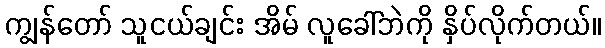
ကျွန်တော် သူငယ်ချင်း အိမ် လူခေါ်ဘဲကို နှိပ်လိုက်တယ်။